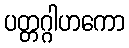
ပတ္တဂ္ဂါဟကော